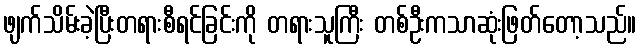
ဖျက်သိမ်းခဲ့ပြီးတရားစီရင်ခြင်းကို တရားသူကြီး တစ်ဦးကသာဆုံးဖြတ်တော့သည်။